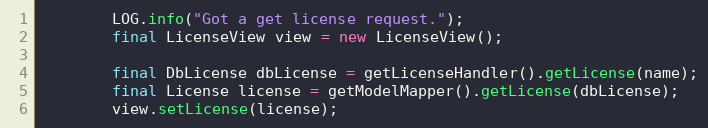
Language: Java
        LOG.info("Got a get license request.");
        final LicenseView view = new LicenseView();

        final DbLicense dbLicense = getLicenseHandler().getLicense(name);
        final License license = getModelMapper().getLicense(dbLicense);
        view.setLicense(license);